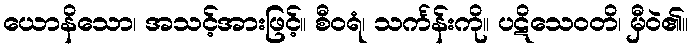
ယောနိသော၊ အသင့်အားဖြင့်။ စီဝရံ၊ သင်္ကန်းကို။ ပဋိသေဝတိ၊ မှီဝဲ၏။